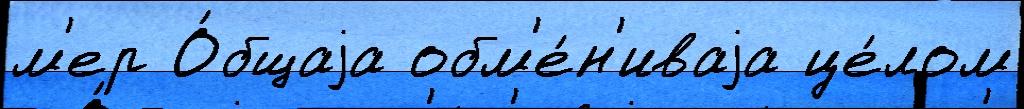
м'ер О́бщаjа обм'е́н'иваjа це́лом